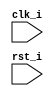
`timescale 1ns / 1ps
//Subject:     Architecture Project1 - Simulator
//--------------------------------------------------------------------------------
//Version:     1
//--------------------------------------------------------------------------------
//Writer:      
//----------------------------------------------
//Date:        
//----------------------------------------------
//Description: 
//--------------------------------------------------------------------------------
module Simulator(
        clk_i,
		rst_i
		);

//Parameter
`define INSTR_NUM 256
`define ADD  6'h20
`define SUB  6'h22
`define AND  6'h24
`define OR   6'h25
`define SLT	 6'h2a
`define ADDI 6'h08
`define LW   6'h23
`define SW   6'h2b
`define SLTI 6'h0a
`define BEQ  6'h04

//I/O ports
input clk_i;
input rst_i;  

//DO NOT CHANGE SIZE, NAME
reg 	   [32-1:0] Instr_Mem [0:`INSTR_NUM-1];
reg 	   [32-1:0] Data_Mem [0:`INSTR_NUM-1];
reg signed [32-1:0] Reg_File  [0:32-1];

//Register
wire [32-1:0] instr;
reg [32-1:0] pc_addr;
wire [6-1:0]  op;
wire [5-1:0]  rs;
wire [5-1:0]  rt;
wire [5-1:0]  rd;
wire [5-1:0]  shamt;
wire [6-1:0]  func;
integer i;
wire [16-1:0] imm;

assign op 	 = instr[31:26];
assign rs    = instr[25:21];
assign rt    = instr[20:16];
assign rd    = instr[15:11];
assign shamt = instr[10:6];
assign func  = instr[5:0];
assign imm[15:0] = {rd, shamt, func};
assign instr = Instr_Mem[pc_addr/4];

//Main function
always @(posedge clk_i or negedge rst_i) begin
	if(rst_i == 0) begin
		for(i=0; i<32; i=i+1)
			Reg_File[i] <= 32'd0;	
		pc_addr = 32'd0;
	end
	else begin
		if(op == 6'd0)begin //R-type
			case(func)
				`ADD: begin
					Reg_File[rd] <= Reg_File[rs] + Reg_File[rt];
				end
				`SUB: begin
					Reg_File[rd] <= Reg_File[rs] - Reg_File[rt];
				end
				`AND: begin
					Reg_File[rd] <= Reg_File[rs] & Reg_File[rt];
				end
				`OR: begin
					Reg_File[rd] <= Reg_File[rs] | Reg_File[rt];
				end
				`SLT: begin
					Reg_File[rd] <= (Reg_File[rs] < Reg_File[rt]) ? 32'd1 : 32'd0;
				end
			endcase
		end
		else begin //I-type
			case(op)
				`ADDI: begin
					if(rt != 6'd0) begin
						Reg_File[rt] <= Reg_File[rs] + $signed(imm);
					end
				end
				`LW: begin
					if(rt != 6'd0 && ((Reg_File[rs]+imm)/4) < `INSTR_NUM && ((Reg_File[rs]+imm) % 4) == 0) begin
						Reg_File[rt] <= Data_Mem[(Reg_File[rs] + imm)/4];
					end
				end
				`SW: begin
					if(((Reg_File[rs]+imm)/4) < `INSTR_NUM && ((Reg_File[rs]+imm) % 4) == 0) begin
						Data_Mem[(Reg_File[rs] + imm)/4] <= Reg_File[rt];
					end
				end
				`SLTI: begin
					if(rt != 6'd0) begin
						Reg_File[rt] <= (Reg_File[rs] < $signed(imm)) ? 32'd1 : 32'd0;
					end
				end
				`BEQ: begin
					if(($signed(pc_addr) + $signed(imm)) >= 0 && ($signed(pc_addr) + $signed(imm)) < `INSTR_NUM &&
						(Reg_File[rs] == Reg_File[rt])) begin 
						pc_addr = ($signed(pc_addr) + ($signed(imm)*4));
					end
				end
			endcase
		end
		pc_addr = pc_addr + 32'd4;
	end
end
endmodule